Vaccination in Bombay 1924-1928 - 1924-1928
Year: 1924
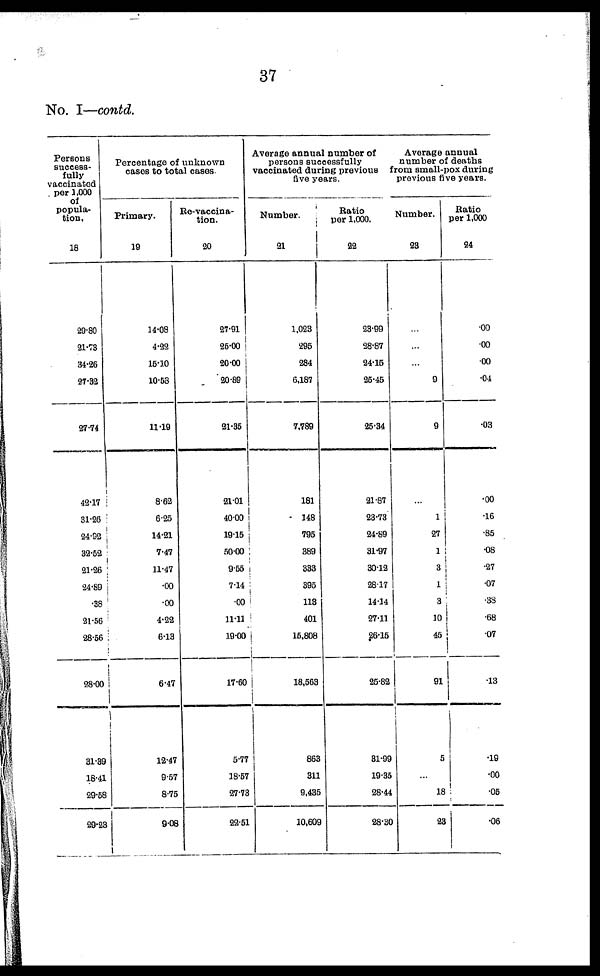
37
No. I—contd.
Persons
success-
fully
vaccinated
per 1,000
of
popula-
tion.
18
29.80
21.78
34.26
27.32
27.74
42.17
31.26
24.92
32.52
21.26
24.89
.38
21.56
28.56
28.00
31.39
18.41
29.58
29.23
Percentage of unknown
cases to total cases.
Primary.
19
14.08
4.22
15.10
10.538
11.19
8.62
6.25
14.21
7.47
11.47
.00
.00
4.22
6.13
6.47
12.47
9.57
8.75
9.08
Re-vaccina-
tion.
20
27.91
25.00
20.00
20.89
21.35
21.01
40.00
19.15
50.00
9.55
7.14
.00
11.11
19.00
17.60
5.77
18.57
27.73
22.51
Average annual number of
persons successfully
vaccinated during previous
five years.
Number.
21
1,023
296
284
6,187
7,789
181
148
795
389
333
395
113
401
15,808
8,563
863
311
9,435
10,609
Ratio
per 1,000.
22
23.99
28.87
24.15
25.45
25.34
21.87
23.73
24.89
31.97
30.12
28.17
14.14
27.11
26.15
25.82
31.99
19.35
28.44
28.30
Average annual
number of deaths
from small-pox during
previous five years.
Number.
23
...
...
...
9
9
...
1
27
1
3
1
3
10
45
91
5
...
18
28
Ratio
per 1,000
24
.00
.00
.00
.04
.03
.00
.16
.85
.08
.27
.07
.38
.68
.07
. 1 3
.19
.00
.05
.06